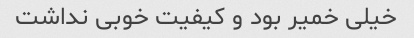
خیلی خمیر بود و کیفیت خوبی نداشت